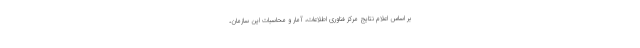
بر اساس اعلام نتایج مرکز فناوری اطلاعات، آمار و محاسبات این سازمان،